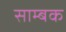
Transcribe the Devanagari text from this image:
साम्बक